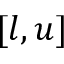
[ l , u ]